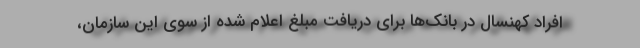
افراد کهنسال در بانک‌ها برای دریافت مبلغ اعلام شده از سوی این سازمان،